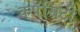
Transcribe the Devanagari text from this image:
कपॅसिटी